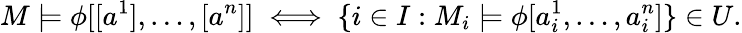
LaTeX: M\models\phi[[a^{1}],\ldots,[a^{n}]]\iff\{ i\in I:M_{i}\models\phi[a_{i}^{1},\ldots,a_{i}^{n}]\} \in U.